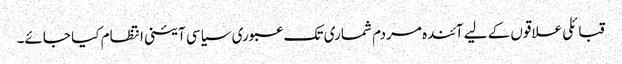
قبائلی علاقوں کے لیے آئندہ مردم شماری تک عبوری سیاسی آئینی انتظام کیا جائے۔